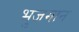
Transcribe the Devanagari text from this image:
भुजमान